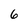
Character: 6